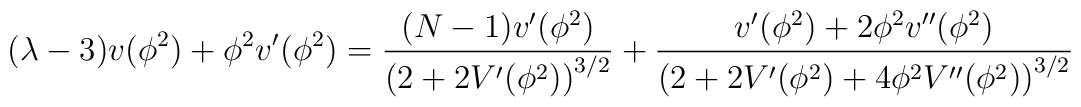
(\lambda -3 ) v(\phi^2) +\phi^2 v'(\phi^2)  =\frac{(N-1) v'(\phi^2)}{\left(2+2V'(\phi^2)\right)^{3/2}}+ \frac{v'(\phi^2) + 2\phi^2 v''(\phi^2)}{ \left(2+ 2V'(\phi^2) + 4 \phi^2 V''(\phi^2)\right)^{3/2}}